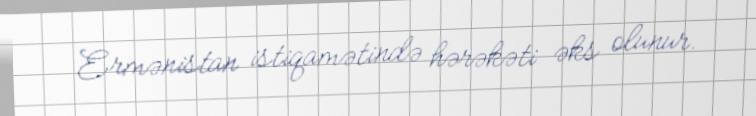
Ermənistan istiqamətində hərəkəti əks olunur.